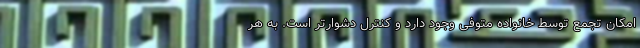
امکان تجمع توسط خانواده متوفی وجود دارد و کنترل دشوارتر است. به هر